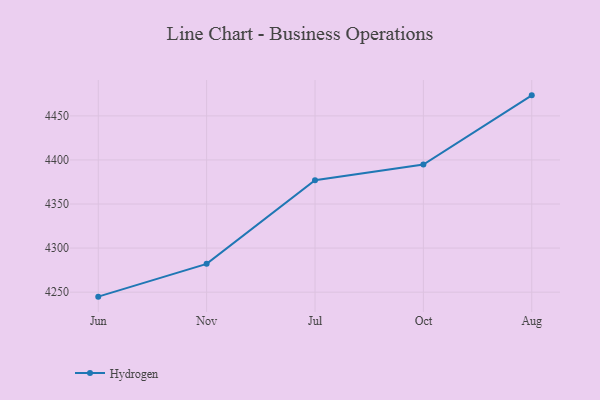
{"axis": {"x": "Month", "y": "Gross Profit (USD K)"}, "legend": ["Hydrogen"], "data": [{"x": "Jun", "y": 4244.9, "type": "Hydrogen"}, {"x": "Nov", "y": 4282.1, "type": "Hydrogen"}, {"x": "Jul", "y": 4377.1, "type": "Hydrogen"}, {"x": "Oct", "y": 4394.8, "type": "Hydrogen"}, {"x": "Aug", "y": 4473.3, "type": "Hydrogen"}]}